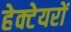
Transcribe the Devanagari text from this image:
हेक्टेयरों